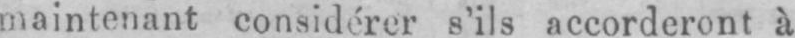
maintenant considérer s’ils accorderont à